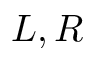
L , R